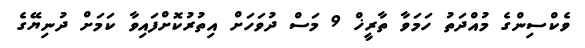
ވެކްސިންގެ މުއްދަތު ހަމަވާ ތާރީޚް 9 މަސް ދުވަހަށް އިތުރުކޮށްފައިވާ ކަމަށް ދުނިޔޭގެ